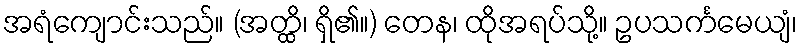
အရံကျောင်းသည်။ (အတ္ထိ၊ ရှိ၏။) တေန၊ ထိုအရပ်သို့။ ဥပသင်္ကမေယျံ၊